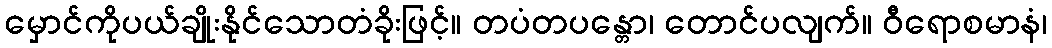
မှောင်ကိုပယ်ချိုးနိုင်သောတံခိုးဖြင့်။ တပံတပန္တော၊ တောင်ပလျက်။ ဝီရောစမာနံ၊